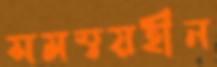
সমম্বয়হীন